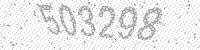
Solution: 503298